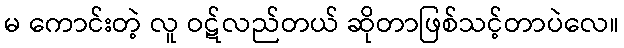
မ ကောင်းတဲ့ လူ ဝဋ်လည်တယ် ဆိုတာဖြစ်သင့်တာပဲလေ။